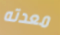
معدته